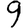
Digit: 9